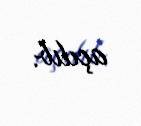
açılıb.